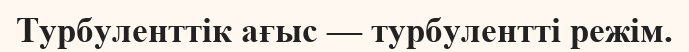
Турбуленттік ағыс — турбулентті режім.